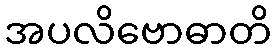
အပလိဗောဓာတိ